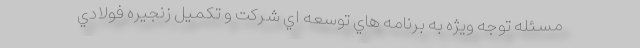
مسئله توجه ويژه به برنامه هاي توسعه اي شركت و تكميل زنجيره فولادي